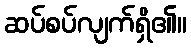
ဆပ်စပ်လျက်ရှိ၏။